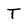
Character: T